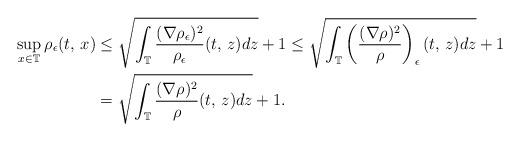
LaTeX: \begin{align*}\sup_{x\in\mathbb{T}}\rho_{\epsilon}(t,\,x) & \le\sqrt{\int_{\mathbb{T}}\frac{(\nabla\rho_{\epsilon})^{2}}{\rho_{\epsilon}}(t,\,z)dz}+1\le\sqrt{\int_{\mathbb{T}}\left(\frac{(\nabla\rho)^{2}}{\rho}\right)_{\epsilon}(t,\,z)dz}+1\\ & =\sqrt{\int_{\mathbb{T}}\frac{(\nabla\rho)^{2}}{\rho}(t,\,z)dz}+1.\end{align*}